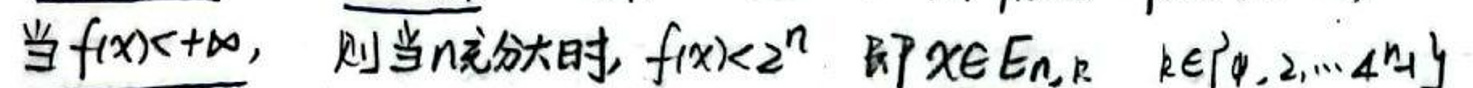
当\(f(x)\to +\infty\)，则当\(n\)充分大时，\(f(x)<2^n\)即\(x\in E_{n,r}\ k\in \{0,2,\cdots,4^n\}\)